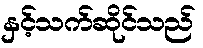
နှင့်သက်ဆိုင်သည်